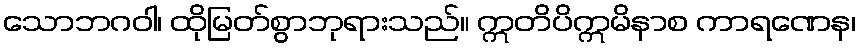
သောဘဂဝါ၊ ထိုမြတ်စွာဘုရားသည်။ ဣတိပိဣမိနာစ ကာရဏေန၊